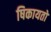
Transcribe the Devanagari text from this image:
षिकायतों